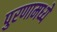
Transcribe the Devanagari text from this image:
पुरणामध्ये